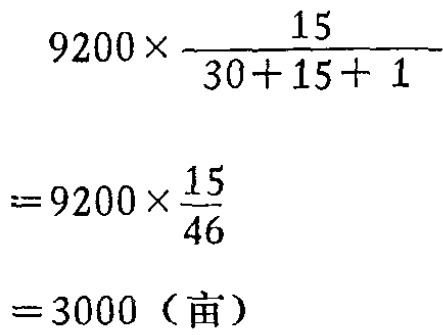
1. $\frac{\sqrt{5}-1}{2}$  2. $\frac{15}{2}$  3. $5\sqrt{5}-5$  4. $10$